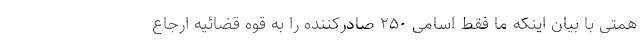
همتی با بیان اینکه ما فقط اسامی ۲۵۰ صادرکننده را به قوه قضائیه ارجاع